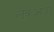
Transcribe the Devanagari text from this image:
लूकआउट